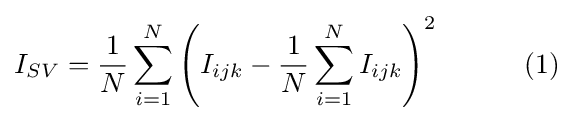
I_{SV}={\frac {1}{N}}\sum _{i=1}^{N}\left(I_{ijk}-{\frac {1}{N}}\sum _{i=1}^{N}I_{ijk}\right)^{2}\qquad \quad (1)